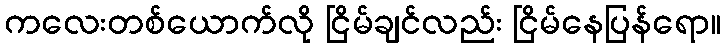
ကလေးတစ်ယောက်လို ငြိမ်ချင်လည်း ငြိမ်နေပြန်ရော။